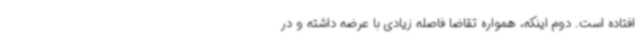
افتاده است. دوم اینکه، همواره تقاضا فاصله زیادی با عرضه داشته و در